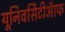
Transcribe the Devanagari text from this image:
यूनिवर्सिटीऑफ